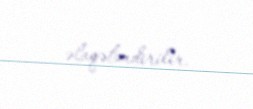
əlaqələndirilir.